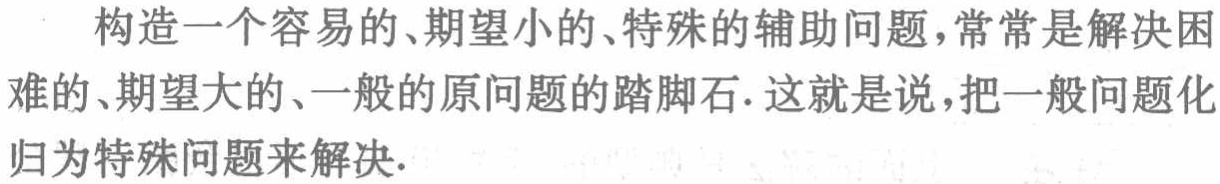
构造一个容易的、期望小的、特殊的辅助问题，常常是解决困难的、期望大的、一般的原问题的踏脚石. 这就是说，把一般问题化归为特殊问题来解决.